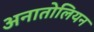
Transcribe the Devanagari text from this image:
अनातोलियन